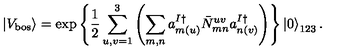
\left| V _ { \mathrm { b o s } } \right> = \exp \left\{ \frac { 1 } { 2 } \sum _ { u , v = 1 } ^ { 3 } \left( \sum _ { m , n } a _ { m ( u ) } ^ { I \dagger } { \bar { N } } _ { m n } ^ { u v } a _ { n ( v ) } ^ { I \dagger } \right) \right\} \left| 0 \right> _ { 1 2 3 } .